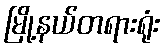
မြို့နယ်တရားရုံး